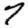
Digit: 7